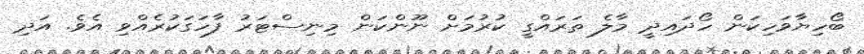
ބޯހިޔާވަހިކަން ހޯދައިދީ މާލެ ތަރައްގީ ކުރުމަށް ނޫންކަން މިނިސްޓަރު ފާހަގަކުރެއްވި އެވެ. އަދި